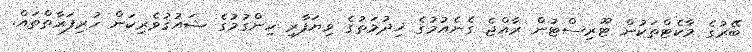
ބޭރުގެ މާކެޓްތަކުން ޓޫރިސްޓުން ރާއްޖެ ގެނެއުމުގެ ޚިިދުމަތުގެ ވިޔަފާރި ހިންގުމުގެ ޝައުޤުވެރިކަން ހުރިފަރާތްތައް.